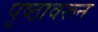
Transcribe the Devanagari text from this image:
पृष्ठावरून